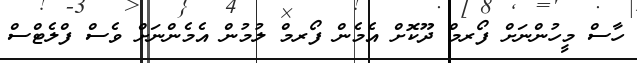
ހާސް މީހުންނަށް ފޯރމް ދޫކޮށް އެމެން ފޯރމް ލުމުން އެމެންނަށް ވެސް ފްލެޓްސް